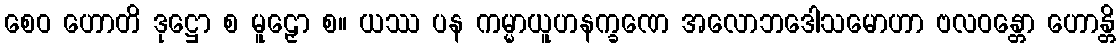
စေဝ ဟောတိ ဒုဋ္ဌော စ မူဠှော စ။ ယဿ ပန ကမ္မာယူဟနက္ခဏေ အလောဘဒေါသမောဟာ ဗလဝန္တော ဟောန္တိ